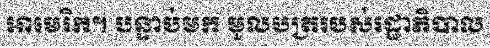
អាមេរិក។ បន្ទាប់មក មូលបត្ររបស់រដ្ឋាភិបាល